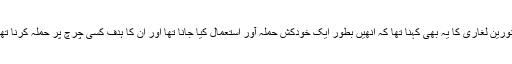
‘نورین لغاری کا یہ بھی کہنا تھا کہ انھیں بطور ایک خودکش حملہ آور استعمال کیا جانا تھا اور ان کا ہدف کسی چرچ پر حملہ کرنا تھا۔